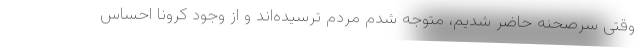
وقتی سرصحنه حاضر شدیم، متوجه شدم مردم ترسیده‌اند و از وجود کرونا احساس